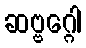
ဆဗ္ဗဂ္ဂေါ